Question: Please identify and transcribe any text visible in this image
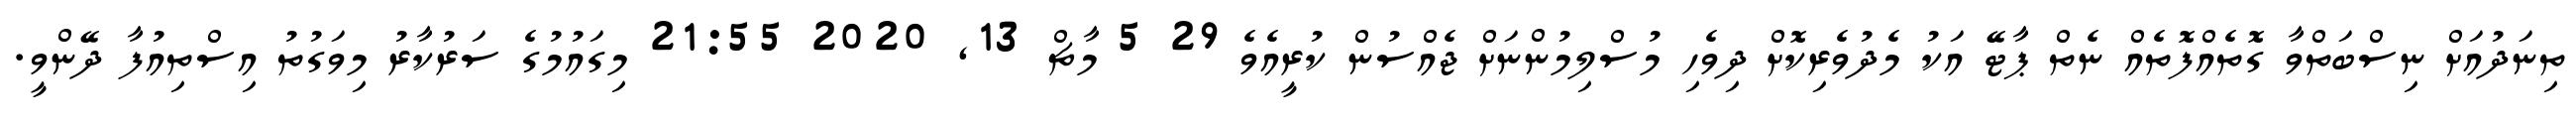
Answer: ތިނަދުއަށް ނިސްބަތްވާ ގޮތެއްފޮތެއް ނެތް ޕާޓޭ އަކު މެދުވެރިކޮށް ދިވެހި މުސްލިމުންނަށް ޖެއްސުން ކުރީއެވެ 29 5 މާޗް 13, 2020 21:55 މިގައުމުގެ ސަރުކާރު މިވަގުތު އިސްތިއުފާ ދޭންވީ.